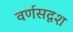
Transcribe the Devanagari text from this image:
वर्णसदृश